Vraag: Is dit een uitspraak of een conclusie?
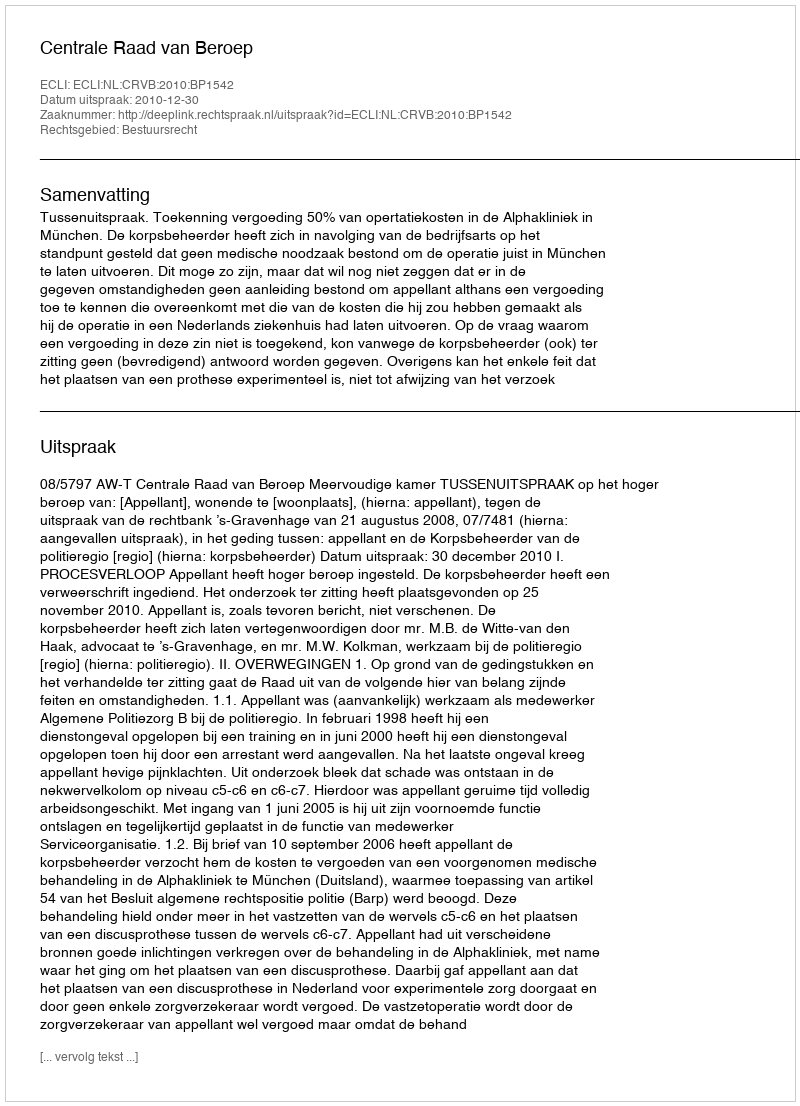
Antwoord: Uitspraak